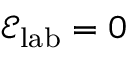
\mathcal { E } _ { \mathrm { l a b } } = 0